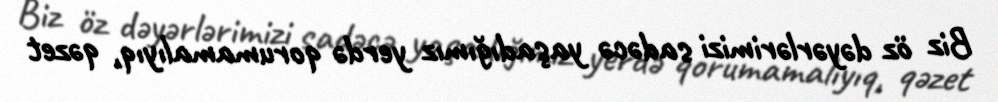
Biz öz dəyərlərimizi sadəcə yaşadığımız yerdə qorumamalıyıq, qəzet